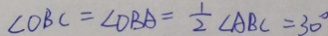
\angle O B C = \angle D B A = \frac { 1 } { 2 } \angle A B C = 3 0 ^ { \circ }